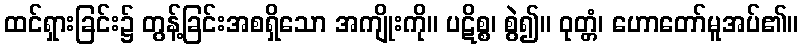
ထင်ရှားခြင်း၌ တွန့်ခြင်းအစရှိသော အကျိုးကို။ ပဋိစ္စ၊ စွဲ၍။ ဝုတ္တံ၊ ဟောတော်မူအပ်၏။